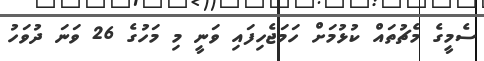
ސެމީގެ މެޗުތައް ކުޅުމަށް ހަމަޖެހިފައި ވަނީ މި މަހުގެ 26 ވަނަ ދުވަހު